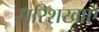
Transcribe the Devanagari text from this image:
परिशखाएँ